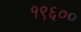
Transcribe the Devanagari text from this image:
१९६००